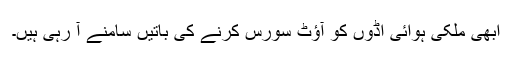
ابھی ملکی ہوائی اڈوں کو آؤٹ سورس کرنے کی باتیں سامنے آ رہی ہیں۔